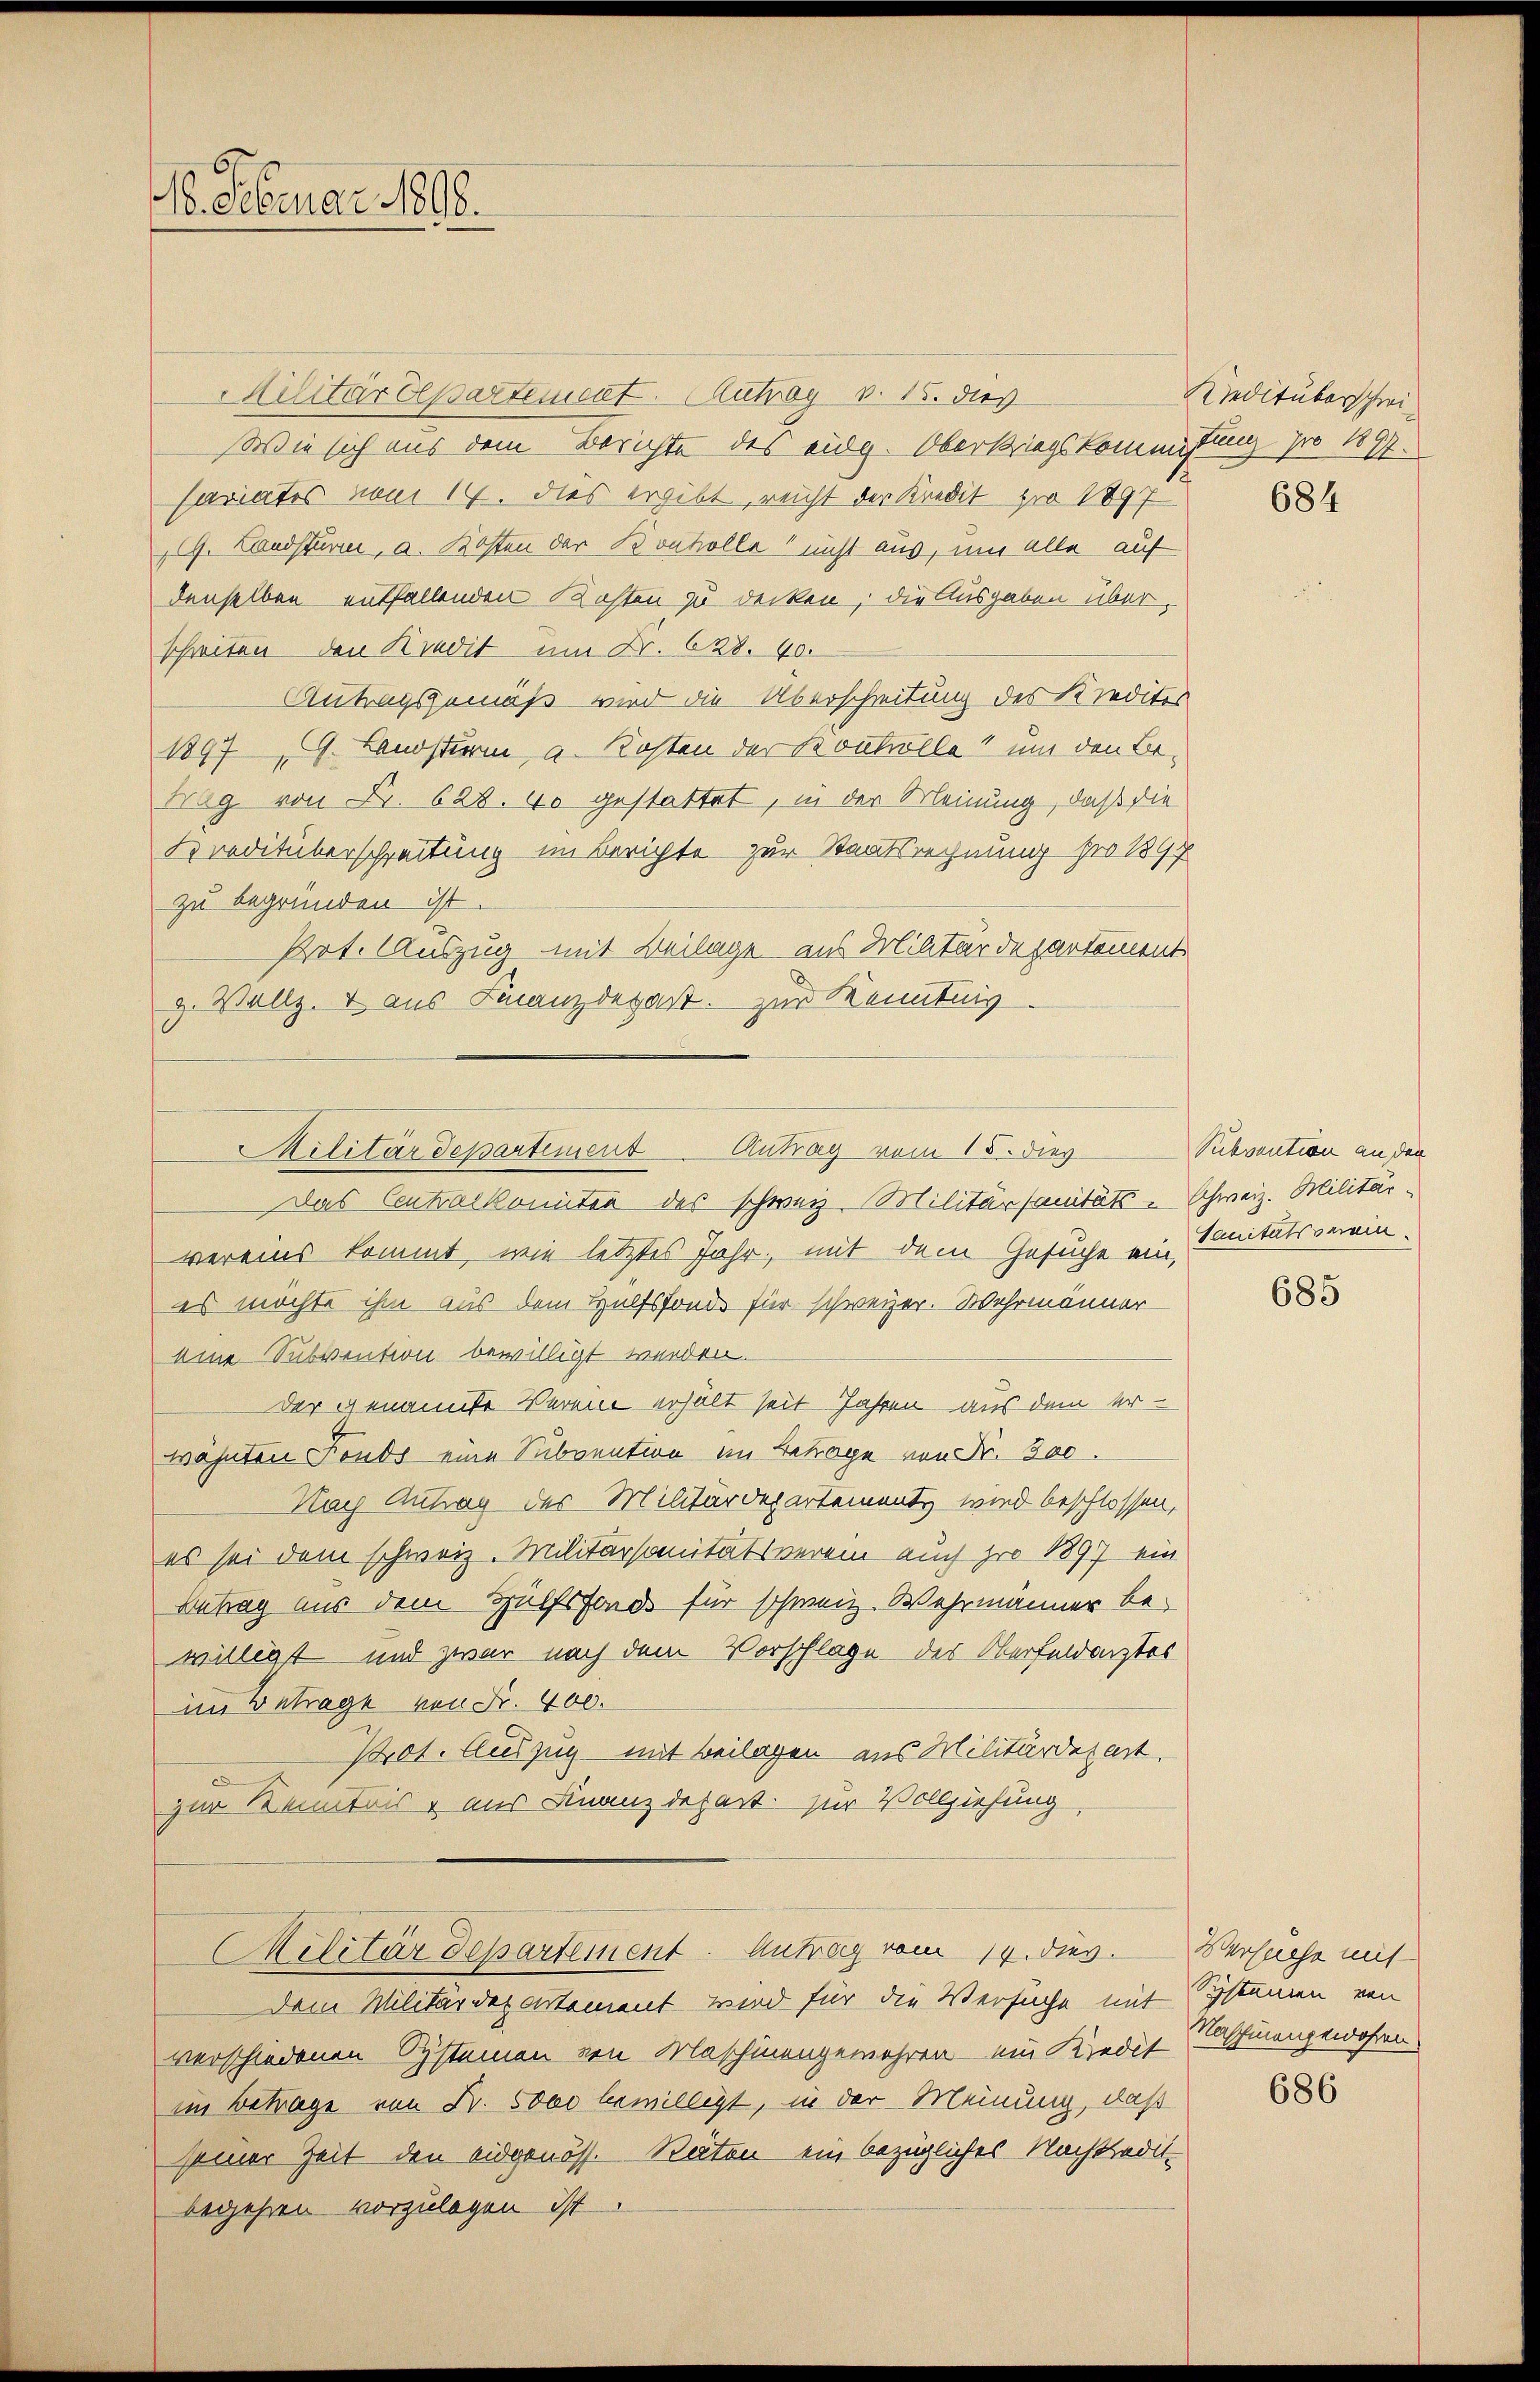
16. Februar 1898.

Militärdepartement. Rutroy v. 15. dies
Wie sich aus dem Berichte des eidg. Oberkriegskommissung pro 1897.
sariates vom 14. dies ergibt, reicht der Kredit pro 1897
9. Landsturm, a. Kosten der Konkolle nicht aus, um alle auf
denselben entfallenden Kosten zu decken, die Ausgaben überschreiten den Kredit um Dr. 628. 40.
Antragsgemäß wird die Überschreitung des Kreditor
1897. Landsturm, u. Kosten der Bostolle? und den Betrag von Fr. 628. 40 gestattet, in der Meinung, daß die
Kreditüberschreitung im Berichte zur Staatsrechnung pro 1897
zu begründen ist.
Pot. Auszug mit Beilage aus Militärdepartement
g. Wallz, & aus Finanzdepart. zur Kenntnis
Das Contralkomitee des schweiz. Militärsanitäts- Schweiz. Militär-
vereins kommt, wie letztes Jahr, mit dem Gesuche ein Sanitätsverein-
es möchte ihm aus dem Hülfsfonds für schweizer. Wehrmänner
eine Subvention bewilligt werden.
der genannte Verein erhält seit Jahren aus dem erwähnten Fonds eine Subvention im Betrage von Fr. 300.
Nach Antrag der Militärdepartement wird beschlossen,
es sei dem schweiz. Militärsanitätsverein auch pro 1897 ein
Betrag aus dem Hülfsfonds für schweiz. Wehrmänner be-
willigt und zwar nach dem Vorschlage des Oberfeldarztes
im Betrage von Fr. 400.
Pot. Auszug mit Beilagen aus Militärdepart.
zur Kenntnis & aus Finanzdepart. zur Vollziehung
Militärdepartement. Antrag vom 14. dies
dem Militärdepartement wird für die Versuche mit Systemen von
verschiedenen Systemen von Maschinengemehren ein Kredit
im Betrage von Fr. So bewilligt, in der Meinung, daß
seiner Zeit den eidgenöss. Räten ein bezügliches Nachtraditbegehren vorzulegen ist.

Militärdepartement Antrag vom 15. dies

Riedituberschrei

684

Subvention an den

685

Versuche mit
Naschinengewahren.

686